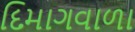
દિમાગવાળા